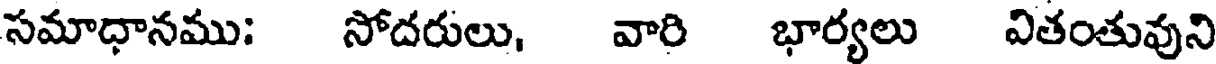
సమాధానము: సోదరులు, వారి భార్యలు వితంతువుని